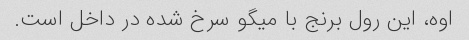
اوه، این رول برنج با میگو سرخ شده در داخل است.